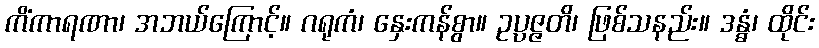
ကိံကာရဏာ၊ အဘယ်ကြောင့်။ ဂရုကံ၊ နှေးကန်စွာ။ ဥပ္ပဇ္ဇတိ၊ ဖြစ်သနည်း။ ဒန္ဓံ၊ ထိုင်း